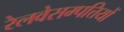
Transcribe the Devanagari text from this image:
रेलवेसम्पत्तियों